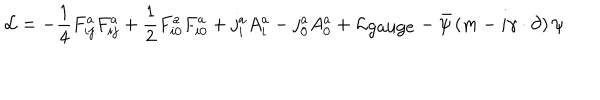
{ \cal L } = - \frac { 1 } { 4 } F _ { i j } ^ { a } F _ { i j } ^ { a } + \frac { 1 } { 2 } F _ { i 0 } ^ { a } F _ { i 0 } ^ { a } + j _ { i } ^ { a } A _ { i } ^ { a } - j _ { 0 } ^ { a } A _ { 0 } ^ { a } + { \cal L } _ { \mathrm { g a u g e } } - { \bar { \psi } } \left( m - i { \gamma } \cdot \partial \right) \psi